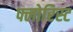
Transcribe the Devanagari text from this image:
फ्लोरिस्ट